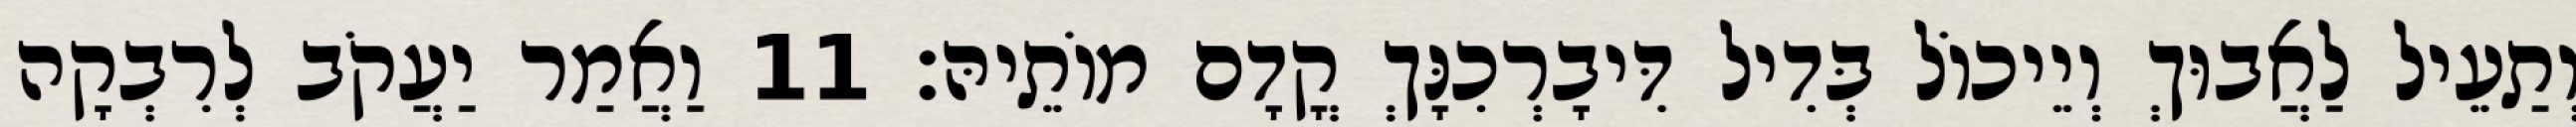
וְתַעֵיל לַאֲבוּךְ וְיֵיכוֹל בְּדִיל דִּיבָרְכִנָּךְ קֳדָם מוֹתֵיהּ׃ 11 וַאֲמַר יַעֲקֹב לְרִבְקָה